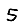
Digit: 5